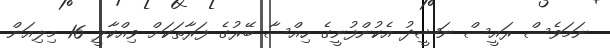
ނަމަވެސް ރައީސް ނަޝީދު އެކުންފުނީގެ ހިއްސާ ބޭރުގެ ފަރާތަކަށް ވިއްކާލީ 16 މިލިއަން